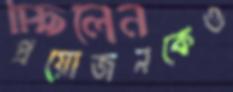
প্রয়োজনকেও